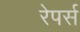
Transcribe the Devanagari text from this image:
रेपर्स